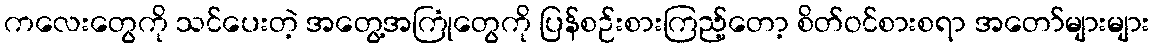
ကလေးတွေကို သင်ပေးတဲ့ အတွေ့အကြုံတွေကို ပြန်စဉ်းစားကြည့်တော့ စိတ်ဝင်စားစရာ အတော်များများ